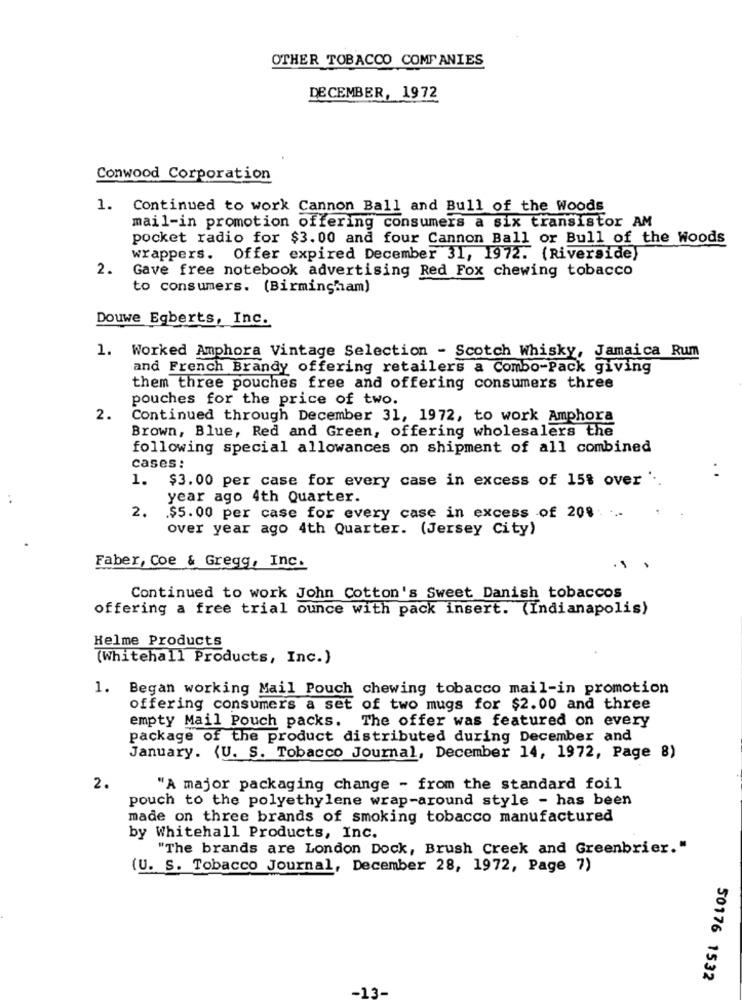
OTHER TOBACCO COMPANIES
DECEMBER, 1972
Conwood Corporation
1. Continued to work Cannon Ball and Bull of the Woods
mail-in promotion offering consumers a six transistor AM
pocket radio for $3.00 and four Cannon Ball or Bull of the Woods
wrappers. Offer expired December 31, 1972. (Riverside)
2.
Gave free notebook advertising Red Fox chewing tobacco
to consumers. (Birmingham)
Douwe Egberts, Inc.
1. Worked Amphora Vintage Selection - Scotch Whisky, Jamaica Rum
and French Brandy offering retailers a Combo-Pack giving
them three pouches free and offering consumers three
pouches for the price of two.
2.
Continued through December 31, 1972, to work Amphora
Brown, Blue, Red and Green, offering wholesalers the
following special allowances on shipment of all combined
cases:
1. $3.00 per case for every case in excess of 15% over ' ..
. .
year ago 4th Quarter.
2.
.$5.00 per case for every case in excess of 208.
over year ago 4th Quarter. (Jersey City)
Faber, Coe & Gregg, Inc.
Continued to work John Cotton's Sweet Danish tobaccos
offering a free trial ounce with pack insert. (Indianapolis)
Helme Products
(Whitehall Products, Inc.)
1. Began working Mail Pouch chewing tobacco mail-in promotion
offering consumers a set of two mugs for $2.00 and three
empty Mail Pouch packs. The offer was featured on every
package of the product distributed during December and
January. (U. S. Tobacco Journal, December 14, 1972, Page 8)
2.
"A major packaging change - from the standard foil
pouch to the polyethylene wrap-around style - has been
made on three brands of smoking tobacco manufactured
by Whitehall Products, Inc.
"The brands are London Dock, Brush Creek and Greenbrier."
(U. S. Tobacco Journal, December 28, 1972, Page 7)
50176 1532